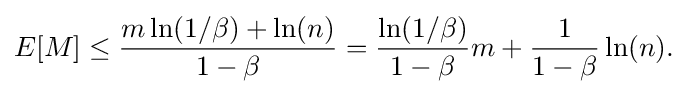
{\begin{aligned}E[M]\leq {\frac {m\ln(1/\beta )+\ln(n)}{1-\beta }}={\frac {\ln(1/\beta )}{1-\beta }}m+{\frac {1}{1-\beta }}\ln(n).\end{aligned}}